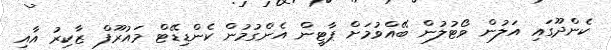
ކެންދޫގައި އަލުން ވޯޓުލުން ބޭއްވުމަށް ޕާޓީން އެންގުމުން ކެންޑިޑޭޓް މައުރޫފް ޒާކިރު އާއި